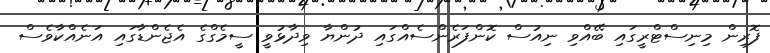
ފޮރިން މިނިސްޓްރީގައި ބޭއްވި ނިއުސް ކޮންފަރެންސެއްގައި ދުންޔާ ވިދާޅުވީ ސީމެގްގެ އެޖެންޑާގައި އަނެއްކާވެސް